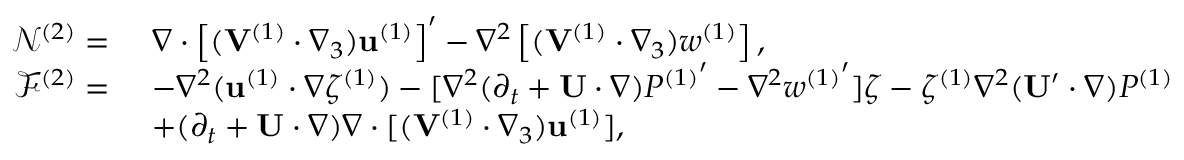
\begin{array} { r l } { \mathcal { N } ^ { ( 2 ) } = ~ } & { \nabla \cdot \left[ ( \mathbf { V } ^ { ( 1 ) } \cdot \nabla _ { 3 } ) \mathbf { u } ^ { ( 1 ) } \right] ^ { \prime } - \nabla ^ { 2 } \left[ ( \mathbf { V } ^ { ( 1 ) } \cdot \nabla _ { 3 } ) w ^ { ( 1 ) } \right] , } \\ { \mathcal { F } ^ { ( 2 ) } = ~ } & { - \nabla ^ { 2 } ( \mathbf { u } ^ { ( 1 ) } \cdot \nabla \zeta ^ { ( 1 ) } ) - [ \nabla ^ { 2 } ( \partial _ { t } + \mathbf { U } \cdot \nabla ) { P ^ { ( 1 ) } } ^ { \prime } - \nabla ^ { 2 } w { ^ { ( 1 ) } } ^ { \prime } ] \zeta - \zeta ^ { ( 1 ) } \nabla ^ { 2 } ( \mathbf { U } ^ { \prime } \cdot \nabla ) P ^ { ( 1 ) } } \\ & { + ( \partial _ { t } + \mathbf { U } \cdot \nabla ) \nabla \cdot [ ( \mathbf { V } ^ { ( 1 ) } \cdot \nabla _ { 3 } ) \mathbf { u } ^ { ( 1 ) } ] , } \end{array}